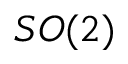
S O ( 2 )